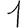
Digit: 1